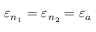
\varepsilon _ { n _ { 1 } } = \varepsilon _ { n _ { 2 } } = \varepsilon _ { a }